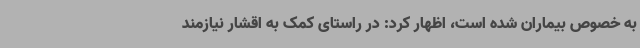
به خصوص بیماران شده است، اظهار کرد: در راستای کمک به اقشار نیازمند